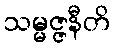
သမ္မဇ္ဇနီတိ